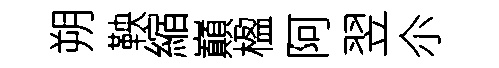
朔鞅縮巔楹阿翌尒